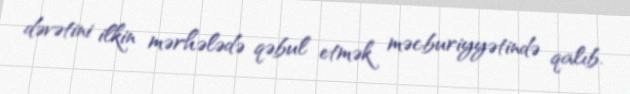
dəvətini ilkin mərhələdə qəbul etmək məcburiyyətində qalıb.